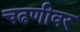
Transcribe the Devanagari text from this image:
चढणीवर